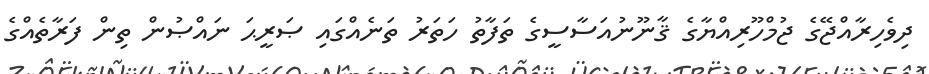
ދިވެހިރާއްޖޭގެ ޖުމްހޫރިއްޔާގެ ޤާނޫނުއަސާސީގެ ތަފާތު ހަތަރު ތަނެއްގައި ޞަރީޙަ ނައްޞުން ތިން ފަރާތެއްގެ